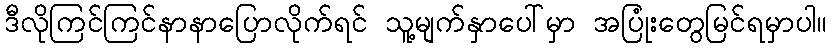
ဒီလိုကြင်ကြင်နာနာပြောလိုက်ရင် သူ့မျက်နှာပေါ်မှာ အပြုံးတွေမြင်ရမှာပါ။